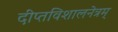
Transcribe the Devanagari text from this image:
दीप्तविशालनेत्रम्